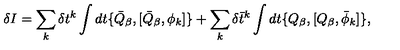
\delta I = \sum _ { k } \delta t ^ { k } \int d t \{ \bar { Q } _ { \beta } , [ \bar { Q } _ { \beta } , \phi _ { k } ] \} + \sum _ { k } \delta \bar { t } ^ { k } \int d t \{ Q _ { \beta } , [ Q _ { \beta } , \bar { \phi } _ { k } ] \} ,